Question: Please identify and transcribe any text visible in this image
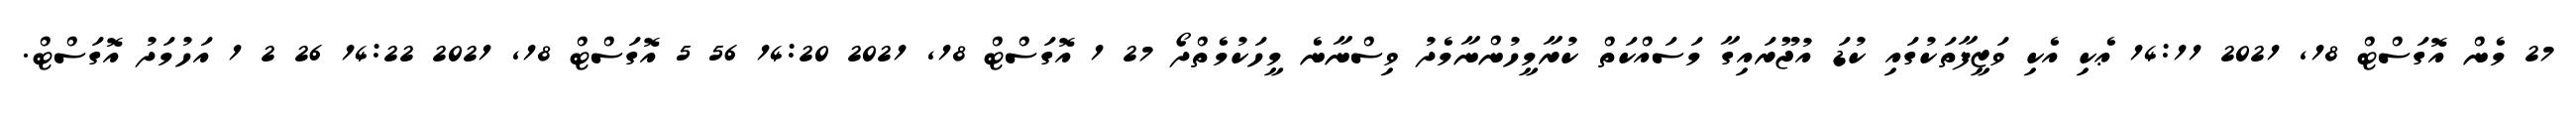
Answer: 27 މެން އޮގަސްޓް 18, 2021 14:11 ޢެކި އެކި ވަޒީފާތަކުގައި ކުޑަ އުޖޫރައިގާ މަސައްކަތް ކުރާމީހުންނާމެދު ވިސްނާނެ މީހަކުމެތްދޯ 27 1 އޮގަސްޓް 18, 2021 14:20 56 5 އޮގަސްޓް 18, 2021 14:22 26 2 1 އަހުމަދު އޮގަސްޓް.